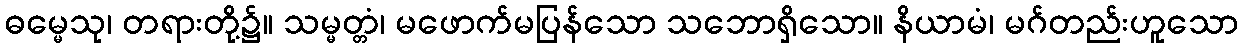
ဓမ္မေသု၊ တရားတို့၌။ သမ္မတ္တံ၊ မဖောက်မပြန်သော သဘောရှိသော။ နိယာမံ၊ မဂ်တည်းဟူသော